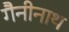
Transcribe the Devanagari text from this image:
गैनीनाथ